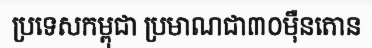
ប្រទេសកម្ពុជា ប្រមាណជា៣០ម៉ឺនតោន